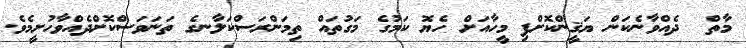
މާތް  ދެއްވާނެކަން ޔަޤީންކޮށްފި މީހާއަށް ހެޔޮ ކަމުގެ މަގުތައް ތިމަންރަސްކަލާނގެ ތަނަވަސްކޮށްދެއްވާހުށީމެވެ.